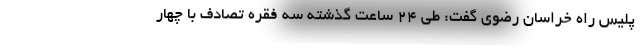
پلیس راه خراسان ‌رضوی گفت: طی ۲۴ ساعت گذشته سه فقره تصادف با چهار